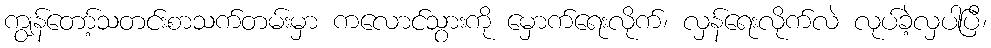
ကျွန်တော့်သတင်းစာသက်တမ်းမှာ ကလောင်သွားကို မှောက်ရေးလိုက်၊ လှန်ရေးလိုက်လဲ လုပ်ခဲ့လှပါပြီ၊